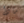
ماذا